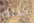
كذلك